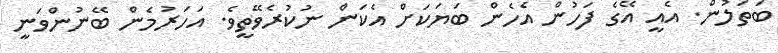
ބަތަލުން. އެއީ އޭގެ ފަހުން އެހެން ބަޔަކަށް އެކަން ނުކުރެވޭތީވެ. އަހަރުމެން ބޭނުންވަނީ